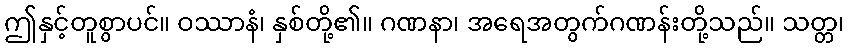
ဤနှင့်တူစွာပင်။ ဝဿာနံ၊ နှစ်တို့၏။ ဂဏနာ၊ အရေအတွက်ဂဏန်းတို့သည်။ သတ္တ၊